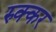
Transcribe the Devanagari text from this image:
रुक्कर